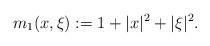
LaTeX: \begin{align*} m_1(x,\xi) := 1+|x|^2+|\xi|^2.\end{align*}